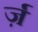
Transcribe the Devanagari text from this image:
र्ज़